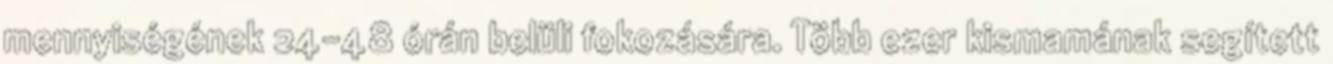
mennyiségének 24-48 órán belüli fokozására. Több ezer kismamának segített